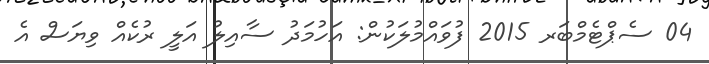
04 ސެޕްޓެމްބަރ 2015 ފުވައްމުލަކުން: އަހުމަދު ސާއިލު އަލީ ރުކެއް ވިޔަސް އެ